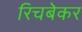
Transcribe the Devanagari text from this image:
रिचबेकर